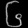
Digit: ၆